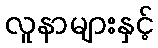
လူနာများနှင့်